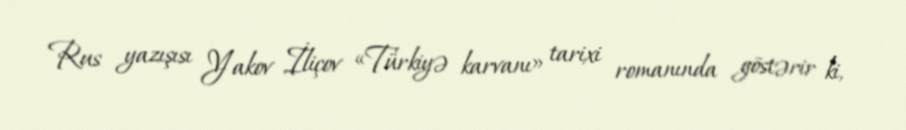
Rus yazışısı Yakov İliçov «Türkiyə karvanı» tarixi romanında göstərir ki,